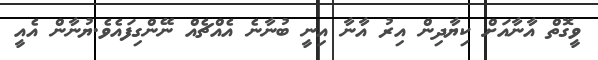
ވީގޮތް އާނާއަށް ކިޔާދިން އިރު އާނާ އިނީ ބުނާނެ އެއްޗެއް ނޭންގިފައެވެ.ޔުނާން އެއީ